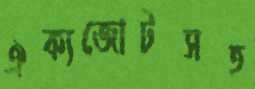
ঐক্যজোটসহ